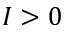
I > 0